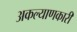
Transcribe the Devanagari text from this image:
अकल्याणकारी